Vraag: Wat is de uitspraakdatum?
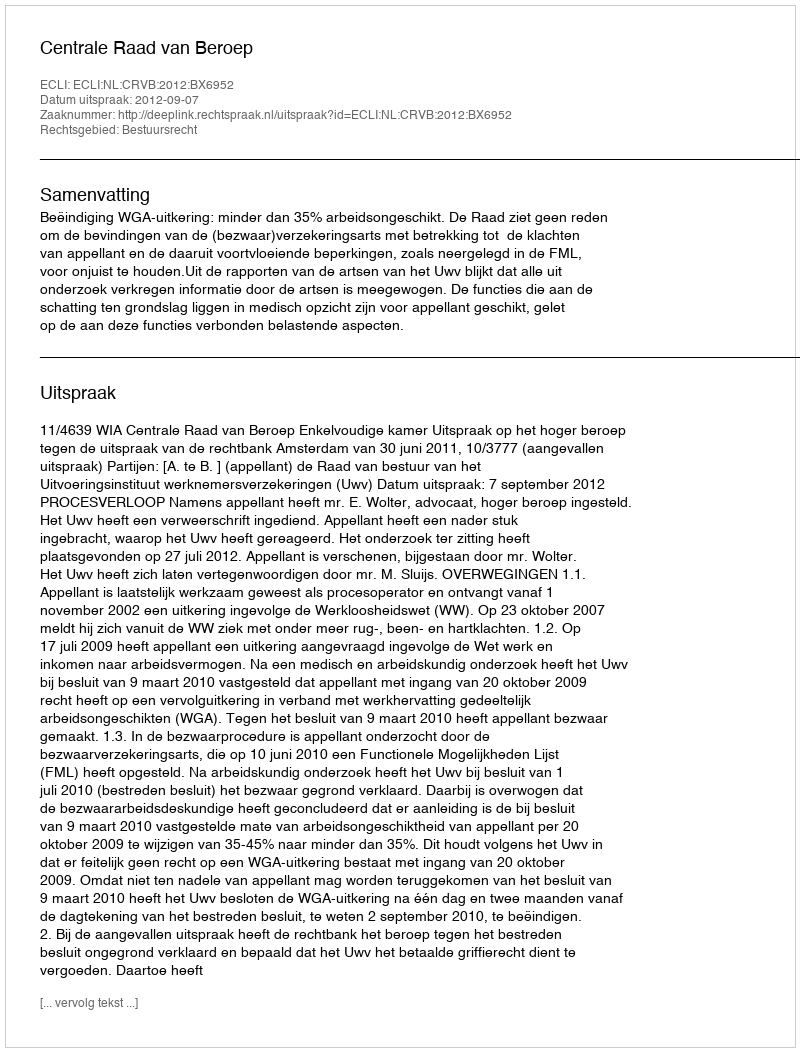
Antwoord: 2012-09-07